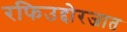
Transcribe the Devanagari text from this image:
रफिउद्दोरजात